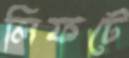
লিফটে